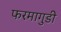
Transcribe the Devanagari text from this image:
फरमागुडी